Indian journal of veterinary science and animal husbandry - Volume 6,
Year: 1936
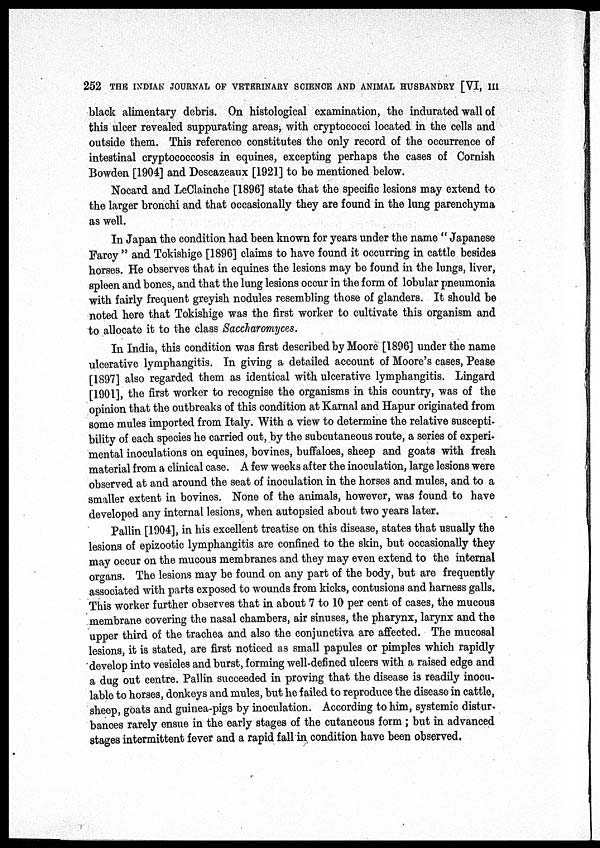
252 THE INDIAN JOURNAL OF VETERINARY SCIENCE AND ANIMAL HUSBANDRY [VI, III
black alimentary debris. On histological examination, the indurated wall of
this ulcer revealed suppurating areas, with cryptococci located in the cells and
outside them. This reference constitutes the only record of the occurrence of
intestinal cryptococcosis in equines, excepting perhaps the cases of Cornish
Bowden [1904] and Descazeaux [1921] to be mentioned below.
Nocard and LeClainche [1896] state that the specific lesions may extend to
the larger bronchi and that occasionally they are found in the lung parenchyma
as well.
In Japan the condition had been known for years under the name " Japanese
Farcy " and Tokishige [1896] claims to have found it occurring in cattle besides
horses. He observes that in equines the lesions may be found in the lungs, liver,
spleen and bones, and that the lung lesions occur in the form of lobular pneumonia
with fairly frequent greyish nodules resembling those of glanders. It should be
noted here that Tokishige was the first worker to cultivate this organism and
to allocate it to the class Saccharomyces.
In India, this condition was first described by Moore [1896] under the name
ulcerative lymphangitis. In giving a detailed account of Moore's cases, Pease
[1897] also regarded them as identical with ulcerative lymphangitis. Lingard
[1901], the first worker to recognise the organisms in this country, was of the
opinion that the outbreaks of this condition at Karnal and Hapur originated from
some mules imported from Italy. With a view to determine the relative suscepti-
bility of each species he carried out, by the subcutaneous route, a series of experi-
mental inoculations on equines, bovines, buffaloes, sheep and goats with fresh
material from a clinical case. A few weeks after the inoculation, large lesions were
observed at and around the seat of inoculation in the horses and mules, and to a
smaller extent in bovines. None of the animals, however, was found to have
developed any internal lesions, when autopsied about two years later.
Pallin [1904], in his excellent treatise on this disease, states that usually the
lesions of epizootic lymphangitis are confined to the skin, but occasionally they
may occur on the mucous membranes and they may even extend to the internal
organs. The lesions may be found on any part of the body, but are frequently
associated with parts exposed to wounds from kicks, contusions and harness galls.
This worker further observes that in about 7 to 10 per cent of cases, the mucous
membrane covering the nasal chambers, air sinuses, the pharynx, larynx and the
upper third of the trachea and also the conjunctiva are affected. The mucosal
lesions, it is stated, are first noticed as small papules or pimples which rapidly
develop into vesicles and burst, forming well-defined ulcers with a raised edge and
a dug out centre. Pallin succeeded in proving that the disease is readily inocu¬
lable to horses, donkeys and mules, but he failed to reproduce the disease in cattle,
sheep, goats and guinea-pigs by inoculation. According to him, systemic distur-
bances rarely ensue in the early stages of the cutaneous form ; but in advanced
stages intermittent fever and a rapid fall in condition have been observed.